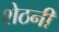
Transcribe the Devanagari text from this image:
शेठनी